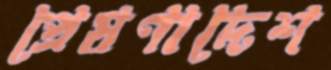
প্রেষণাদেশ